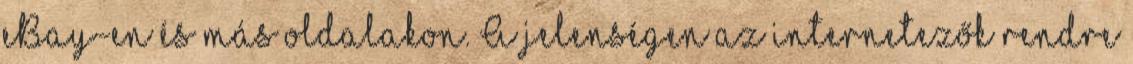
eBay-en és más oldalakon. A jelenségen az internetezők rendre